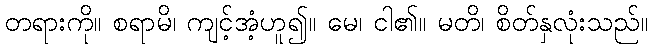
တရားကို။ စရာမိ၊ ကျင့်အံ့ဟူ၍။ မေ၊ ငါ၏။ မတိ၊ စိတ်နှလုံးသည်။